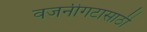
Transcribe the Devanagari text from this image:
वजनीगटासाठी